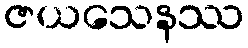
ဇယသေနဿ